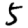
Digit: 5